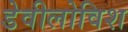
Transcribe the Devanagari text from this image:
डेवीलोविश